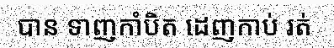
បាន ទាញកាំបិត ដេញកាប់ រត់